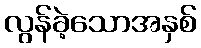
လွန်ခဲ့သောအနှစ်